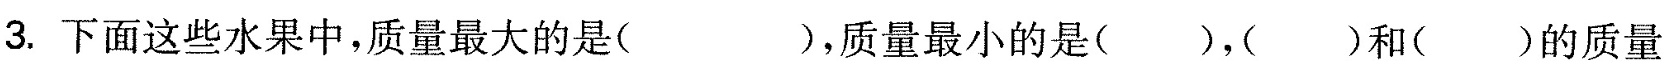
3.下面这些水果中，质量最大的是()，质量最小的是( )，( )和( )的质量